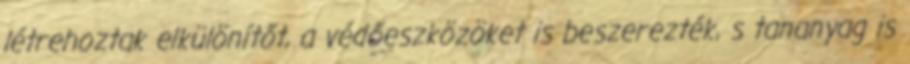
létrehoztak elkülönítőt, a védőeszközöket is beszerezték, s tananyag is